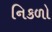
નિકળો